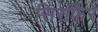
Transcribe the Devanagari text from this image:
सिरफ़िरे